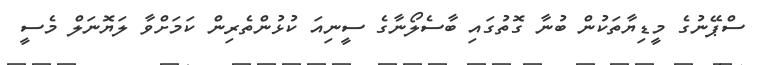
ސްޕޭނުގެ މީޑިޔާތަކުން ބުނާ ގޮތުގައި ބާސެލޯނާގެ ސީނިއަ ކުޅުންތެރިން ކަމަށްވާ ލަޔޮނަލް މެސީ